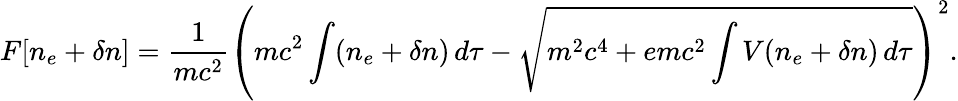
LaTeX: F[n_{e}+\delta n]={\frac{1}{mc^{2}}}\left(mc^{2}\int(n_{e}+\delta n)\, d\tau-{\sqrt{m^{2}c^{4}+emc^{2}\int V(n_{e}+\delta n)\, d\tau}}\right)^{2}.